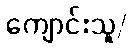
ကျောင်းသူ/